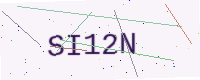
Text: SI12N